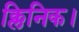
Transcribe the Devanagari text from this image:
क्लिनिक।